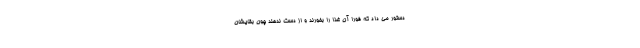
دستور می داد که فوراً آن غذا را بخورند و از دست ندهند چون بقایشان